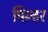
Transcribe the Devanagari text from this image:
पिन्टर